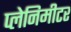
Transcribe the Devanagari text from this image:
प्लेनिमीटर